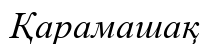
Қарамашақ